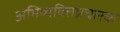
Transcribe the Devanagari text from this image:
अभिव्यक्तिप्रचारक